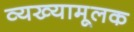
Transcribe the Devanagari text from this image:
व्यख्यामूलक